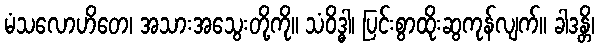
မံသလောဟိတေ၊ အသားအသွေးတို့ကို။ သံဝိဒ္ဓါ၊ ပြင်းစွာထိုးဆွကုန်လျက်။ ခါဒန္တိ၊